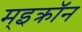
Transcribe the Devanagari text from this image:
म्इक्रॉन